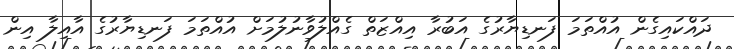
ދައްކައިގެން އުއްތަމަ ފަނޑިޔާރުގެ އަބުރާ އިއްޒަތް ގެއްލުވާނުލުމަށް އުއްތަމަ ފަނޑިޔާރުގެ އާއިލާ އިން